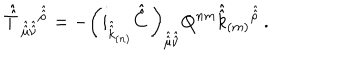
\hat { \hat { T } \, } _ { \hat { \hat { \mu } } \hat { \hat { \nu } } } { } ^ { \hat { \hat { \rho } } } = - \left( i _ { \hat { \hat { k } } _ { ( n ) } } \hat { \hat { C } \, } \right) _ { \hat { \hat { \mu } } \hat { \hat { \nu } } } Q ^ { n m } \hat { \hat { k } } _ { ( m ) } { } ^ { \hat { \hat { \rho } } } \, .